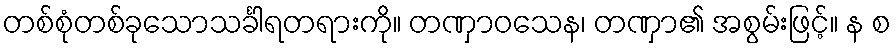
တစ်စုံတစ်ခုသောသင်္ခါရတရားကို။ တဏှာဝသေန၊ တဏှာ၏ အစွမ်းဖြင့်။ န စ